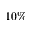
1 0 \%